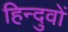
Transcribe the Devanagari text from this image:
हिन्दुवों